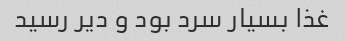
غذا بسیار سرد بود و دیر رسید